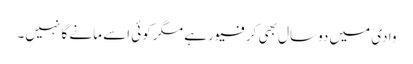
وادی میں دوسال بھی کرفیو رہے مگر کوئی اسے مانے گا نہیں۔